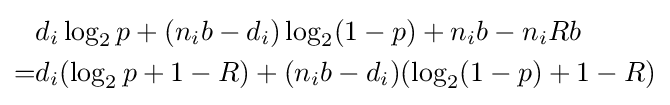
{\begin{aligned}&d_{i}\log _{2}p+(n_{i}b-d_{i})\log _{2}(1-p)+n_{i}b-n_{i}Rb\\=&d_{i}(\log _{2}p+1-R)+(n_{i}b-d_{i})(\log _{2}(1-p)+1-R)\end{aligned}}